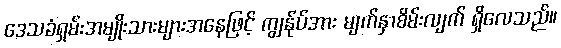
ဒေသခံရှမ်းအမျိုးသားများအနေဖြင့် ကျွန်ုပ်အား မျက်နှာစိမ်းလျက် ရှိလေသည်။